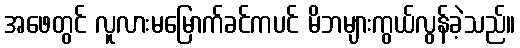
အဖေတွင် လူလားမမြောက်ခင်ကပင် မိဘများကွယ်လွန်ခဲ့သည်။